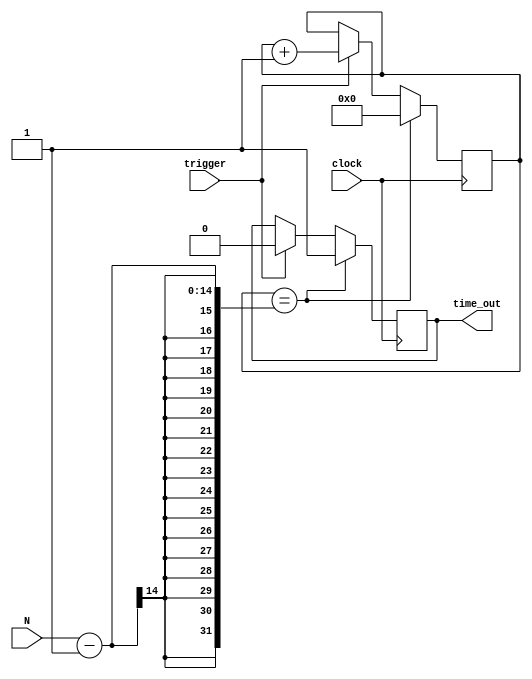
module delay(
		N,
		clock,
		trigger,
		time_out
		);

		input [13:0] N;
		input clock;
		input trigger;
		output reg time_out;
		reg [13:0] count_delay;
		initial count_delay = 14'b0;
		initial time_out = 1'b0;

		always @ (posedge clock) begin
			if (trigger == 1'b1) begin
				count_delay <= count_delay + 1'b1;
				time_out <= 1'b0;
				end
			if (count_delay == N-1) begin
				time_out <= 1'b1;
				count_delay <= 14'b0;
				end
			end

endmodule